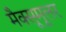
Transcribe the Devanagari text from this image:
मैक्सूमूलर